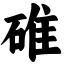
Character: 碓